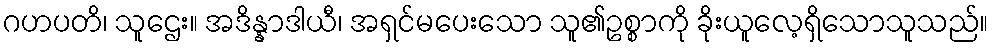
ဂဟပတိ၊ သူဌေး။ အဒိန္နာဒါယီ၊ အရှင်မပေးသော သူ၏ဥစ္စာကို ခိုးယူလေ့ရှိသောသူသည်။